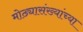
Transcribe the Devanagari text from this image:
मोठ्यासंख्यांच्या